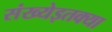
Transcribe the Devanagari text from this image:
संख्येइतक्या